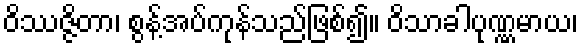
ဝိဿဇ္ဇိတာ၊ စွန့်အပ်ကုန်သည်ဖြစ်၍။ ဝိသာခါပုဏ္ဏမာယ၊